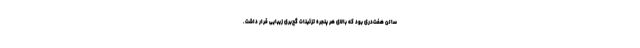
سالن هفت‌دری بود که بالای هر پنجره تزئینات گچ‌بری زیبایی قرار داشت.